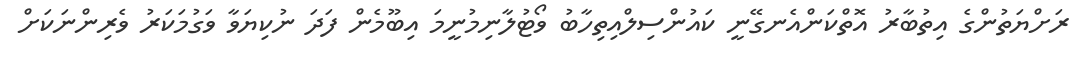
ރަށްޔަތުންގެ އިތުބާރު އޮތްކަންއެނގޭނީ ކައުންސިލްއިތިހާބު ވޯޓުލާނިމުނީމަ އިބޫމެން ފަދަ ނުކިޔަވާ ވަގުމަކަރު ވެރިންނަކަށް